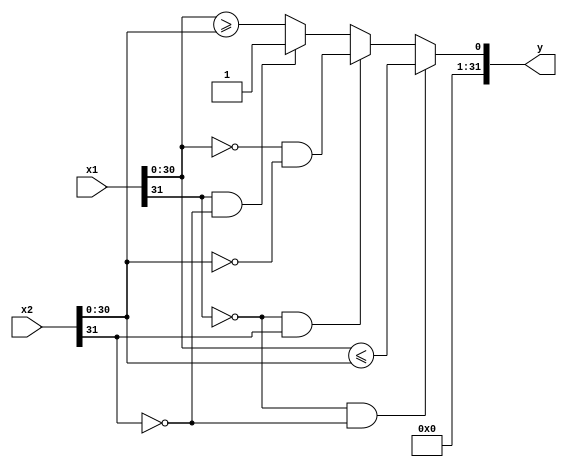
`timescale 1ns / 100ps
`default_nettype none

module fle_s (x1, x2, y);
    input wire [31:0] x1, x2;
    output [31:0] y;

    wire bothzero;
    wire le, ge;
    wire y_;
    wire [31:0] y;

    assign bothzero = (x1[30:0] == 0) & (x2[30:0] == 0);
    assign le = x1[30:0] <= x2[30:0];
    assign ge = x1[30:0] >= x2[30:0];
    assign y_ =
        x1[31] == 1'b0 && x2[31] == 1'b0 ? le
      : x1[31] == 1'b0 && x2[31] == 1'b1 ? bothzero
      : x1[31] == 1'b1 && x2[31] == 1'b0 ? 1
                                         : ge;
    assign y = {31'b0, y_};
endmodule